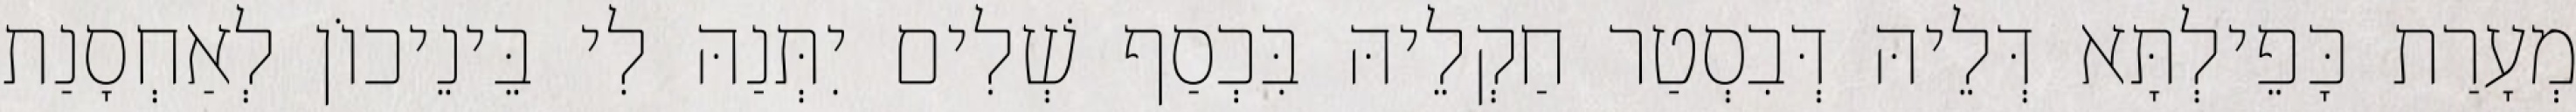
מְעָרַת כָּפֵילְתָּא דְּלֵיהּ דְּבִסְטַר חַקְלֵיהּ בִּכְסַף שְׁלִים יִתְּנַהּ לִי בֵּינֵיכוֹן לְאַחְסָנַת